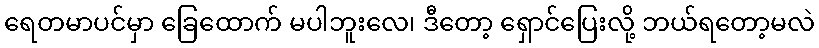
ရေတမာပင်မှာ ခြေထောက် မပါဘူးလေ၊ ဒီတော့ ရှောင်ပြေးလို့ ဘယ်ရတော့မလဲ